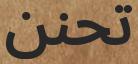
تحنن